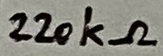
Text: 220kΩ